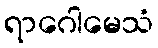
ရာဂေါမေသံ